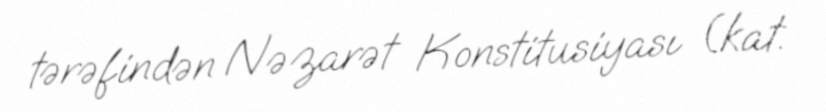
tərəfindən Nəzarət Konstitusiyası (kat.